Annual report on the working of the lock hospitals in the Central Provinces
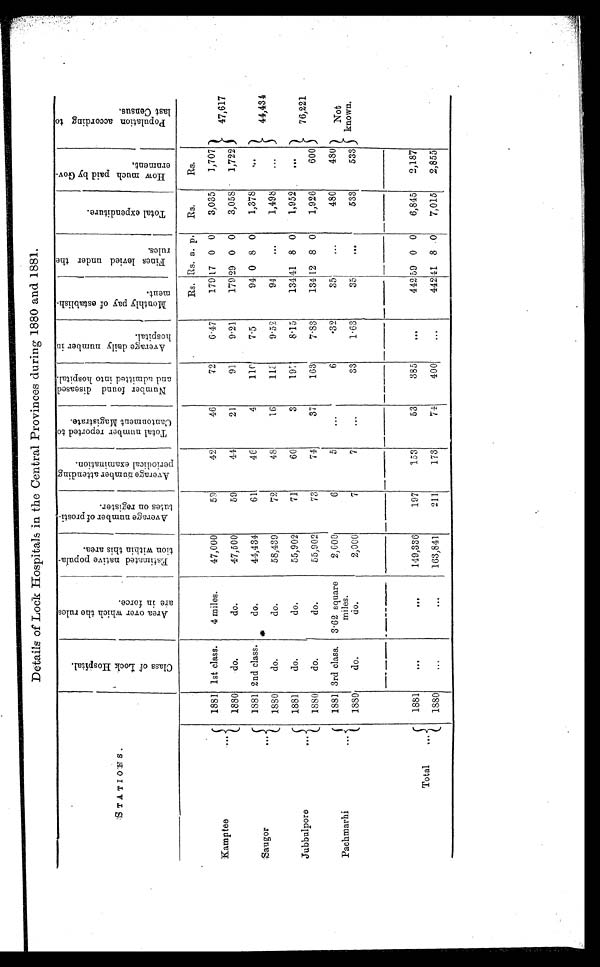
Details of Lock Hospitals in the Central Provinces during 1880 and 1881.
STATIONS.
C l a s s o f L o c k H o s p i t a l .
A r e a o v e r w h i c h t h e r u l e s
a r e i n f o r c e .
E s t i m a t e d n a t i v e p o p u l a -
t i o n w i t h i n t h i s a r e a .
A v e r a g e n u m b e r o f p r o s t i -
t u t e s o n r e g i s t e r .
A v e r a g e n u m b e r a t t e n d i n g
p e r i o d i c a l e x a m i n a t i o n .
T o t a l n u m b e r r e p o r t e d t o
C a n t o n m e n t M a g i s t r a t e .
N u m b e r f o u n d d i s e a s e d
a n d a d m i t t e d i n t o h o s p i t a l .
A v e r a g e d a i l y n u m b e r i n
h o s p i t a l .
M o n t h l y p a y o f e s t a b l i s h -
m e n t .
F i n e s l e v i e d u n d e r t h e r u l e s .
T o t a l e x p e n d i t u r e .
H o w m u c h p a i d b y G o v -
e r n m e n t .
P o p u l a t i o n a c c o r d i n g t o
l a s t C e n s u s .
Rs. Rs. a. p. Rs.
Rs.
Kamptee
. .
1881 1st class.
4 miles.
47,000
59
4 2
46
72
6.47
179 17 0 0 3,035
1,707
47,617
1880
d o .
do.
47,500
59
44
21
91
9.21
179 29 0 0 3,058
1,722
Saugor
...
1881 2nd class.
do.
44,434
61
46
4
1 1 0
7.5
94 0 8 0
1,378
. . .
44,434
1880
do.
do.
58,439
7 2
48
16
113
9.52
94
...
1,498
...
Jubbulpore
. . .
1881
do.
do.
55,902
71
60
3
197
8.15
134 41 8 0
1,952
. . .
76,221
1880
do.
do.
55,902
73
74
37
163
7.83
134 12 8 0
1,926
600
Pachmarhi . . .
1881 3rd class. 3.62 square
miles.
2,000
6
5
...
6
.32
35
...
480
480
Not
known.
1880
do.
do.
2,000
7
7
...
33
1.63
3 5
...
533
533
Total
. . .
1881
. . .
. . .
149,336
197
153
53
385
. . .
442 59 0 0 6,845 2,187
1880
. . .
. . .
163,841
211
173
7 4
400
. . .
442 41 8 0 7,015 2,855